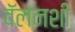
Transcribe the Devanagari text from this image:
वॅलनशी